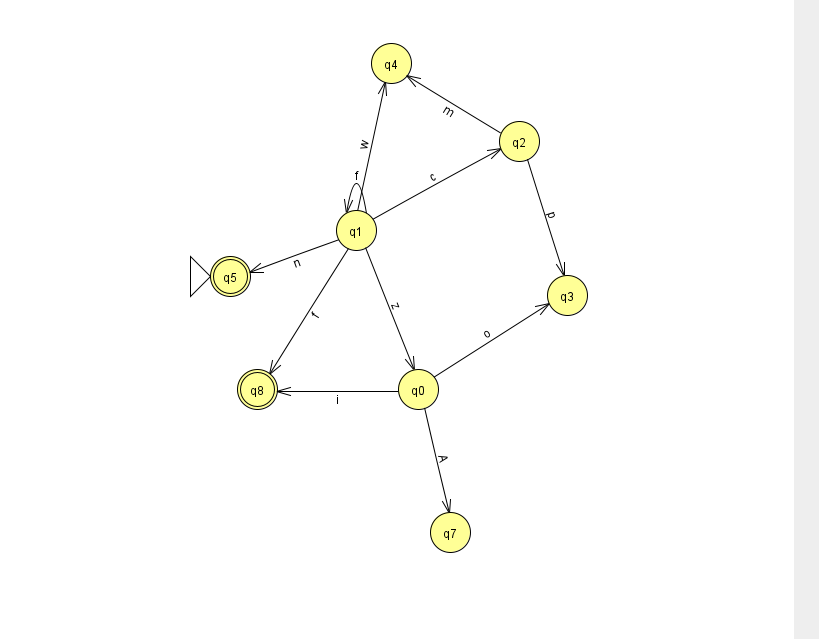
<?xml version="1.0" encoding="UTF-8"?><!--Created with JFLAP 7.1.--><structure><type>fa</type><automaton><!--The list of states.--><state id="0" name="q0"><x>418.0</x><y>376.0</y></state><state id="1" name="q1"><x>356.0</x><y>217.0</y></state><state id="2" name="q2"><x>519.0</x><y>128.0</y></state><state id="3" name="q3"><x>567.0</x><y>282.0</y></state><state id="4" name="q4"><x>391.0</x><y>50.0</y></state><state id="5" name="q5"><x>230.0</x><y>263.0</y><initial/><final/></state><state id="7" name="q7"><x>450.0</x><y>519.0</y></state><state id="8" name="q8"><x>257.0</x><y>376.0</y><final/></state><!--The list of transitions.--><transition><from>1</from><to>0</to><read>z</read></transition><transition><from>1</from><to>4</to><read>w</read></transition><transition><from>0</from><to>7</to><read>A</read></transition><transition><from>1</from><to>1</to><read>f</read></transition><transition><from>2</from><to>3</to><read>p</read></transition><transition><from>2</from><to>4</to><read>m</read></transition><transition><from>1</from><to>5</to><read>n</read></transition><transition><from>0</from><to>8</to><read>i</read></transition><transition><from>1</from><to>2</to><read>c</read></transition><transition><from>1</from><to>8</to><read>f</read></transition><transition><from>0</from><to>3</to><read>o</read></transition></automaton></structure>